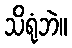
သိရုံဘဲ။